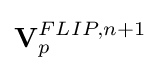
\mathbf {V} _{p}^{FLIP,n+1}